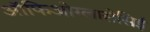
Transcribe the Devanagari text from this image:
ऑफिओग्लासेसिई